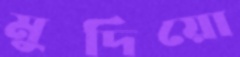
মুদিয়ো